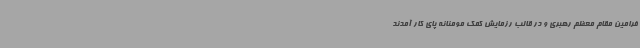
فرامین مقام معظم رهبری و در قالب رزمایش کمک مومنانه پای کار آمدند